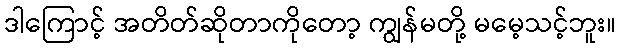
ဒါကြောင့် အတိတ်ဆိုတာကိုတော့ ကျွန်မတို့ မမေ့သင့်ဘူး။